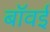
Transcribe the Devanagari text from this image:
बॉवई